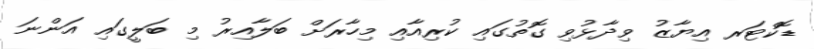
ޑޮކްޓަރ އިޔާޒު ވިދާޅުވި ގޮތުގައި ކުރިއާއި މިހާރަށް ބަލާއިރު މި ބަލީގައި އަންނަ